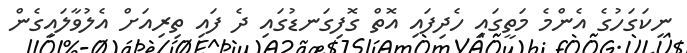
ނިކަގަހުގެ އެންމެ މަތީގައި ހެދިފައި އޮތް ގޮފިގަނޑުގައި ދެ ފައި ތިރިއަށް އެލުވާލައިގެން